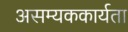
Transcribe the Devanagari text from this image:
असम्यककार्यता